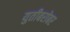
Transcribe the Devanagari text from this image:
युतीबरोबर